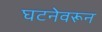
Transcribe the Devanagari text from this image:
घटनेवरून